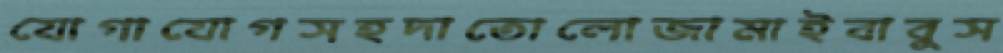
যোগাযোগসহদাতোলোজামাইবাবুস